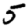
Digit: 5